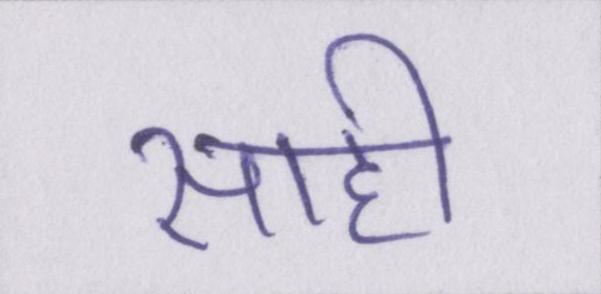
साही